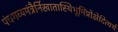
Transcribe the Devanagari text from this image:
पंचगव्यमंत्रैर्निखातास्थिभूमिंप्रोक्षेदित्यर्थः